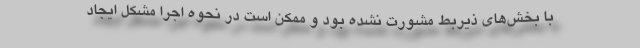
با بخش‌های ذیربط مشورت نشده بود و ممکن است در نحوه اجرا مشکل ایجاد